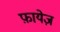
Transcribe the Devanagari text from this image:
फ़ायेज़